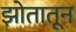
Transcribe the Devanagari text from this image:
झोतातून